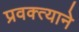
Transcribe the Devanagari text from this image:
प्रवक्त्याने